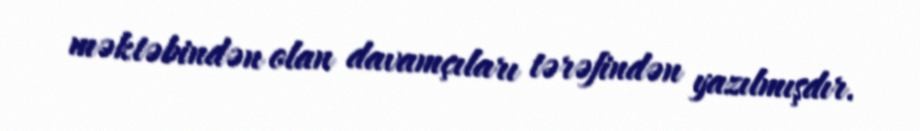
məktəbindən olan davamçıları tərəfindən yazılmışdır.